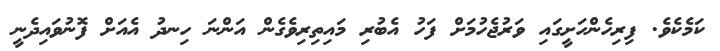
ކަމެކެވެ. ފިރިހެންހަށީގައި ވަރުޖެހުމަށް ފަހު އެބުރި މައިތިރިވެގެން އަންނަ ހިނދު އެއަށް ފޮނުވައިދެނީ